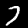
Digit: 7